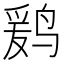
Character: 𱊒